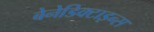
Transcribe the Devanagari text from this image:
बेनेडिक्टाइन्स